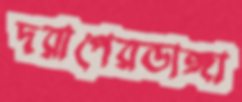
দরাপেরডাঙ্গা